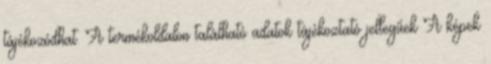
tájékozódhat. A termékoldalon található adatok tájékoztató jellegűek A képek